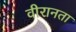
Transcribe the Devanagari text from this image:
वीरानता